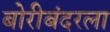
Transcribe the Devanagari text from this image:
बोरीबंदरला